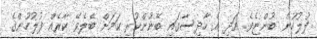
ފުލުހުން ބުންޏެވެ. އަދި އެ ހާދިސާގައި ބޭނުންކުރި ކަމަށް ބެލެވޭ ކާރެއް ފުލުހުންގެ